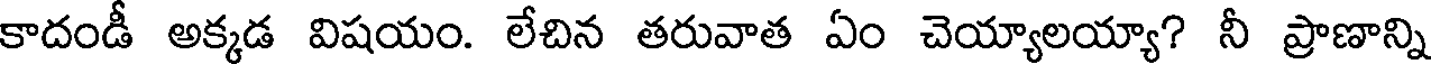
కాదండీ అక్కడ విషయం. లేచిన తరువాత ఏం చెయ్యాలయ్యా? నీ ప్రాణాన్ని